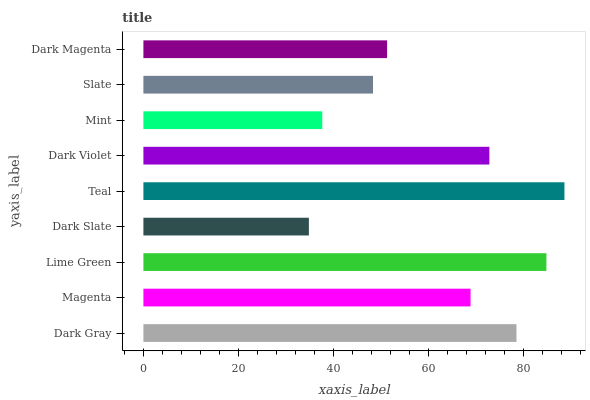
| yaxis_label | bars |
 | --- | --- |
 | Dark Gray | 78.5 |
 | Magenta | 68.9 |
 | Lime Green | 84.8 |
 | Dark Slate | 34.8 |
 | Teal | 88.6 |
 | Dark Violet | 72.8 |
 | Mint | 37.7 |
 | Slate | 48.3 |
 | Dark Magenta | 51.3 |